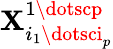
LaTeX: \mathbf{X}_{i_{1}\dotsci_{p}}^{1\dotscp}